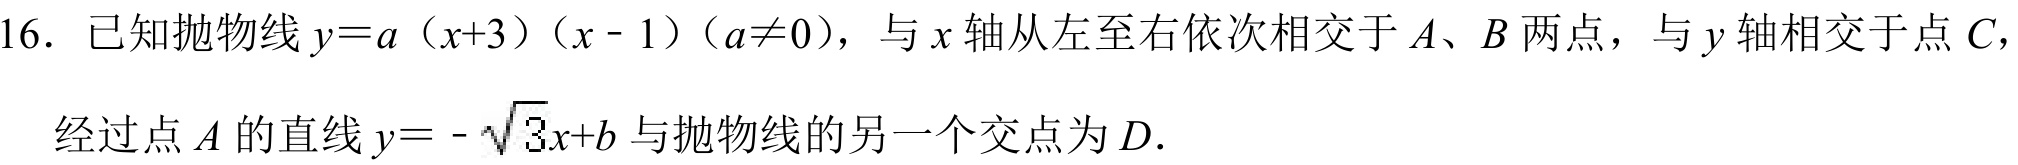
16. 已知抛物线\(y = a(x + 3)(x - 1)(a\neq0)\)，与\(x\)轴从左至右依次相交于\(A\)、\(B\)两点，与\(y\)轴相交于点\(C\)，经过点\(A\)的直线\(y=-\sqrt{3}x + b\)与抛物线的另一个交点为\(D\).